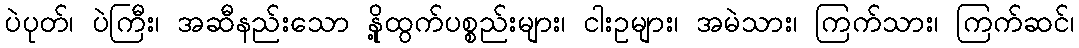
ပဲပုတ်၊ ပဲကြီး၊ အဆီနည်းသော နို့ထွက်ပစ္စည်းများ၊ ငါးဥများ၊ အမဲသား၊ ကြက်သား၊ ကြက်ဆင်၊